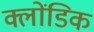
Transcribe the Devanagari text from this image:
क्लोंडिक